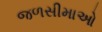
જળસીમાઓ